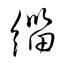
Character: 緇